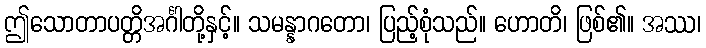
ဤသောတာပတ္တိအင်္ဂါတို့နှင့်။ သမန္နာဂတော၊ ပြည့်စုံသည်။ ဟောတိ၊ ဖြစ်၏။ အဿ၊